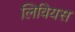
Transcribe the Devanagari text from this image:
लिवियस